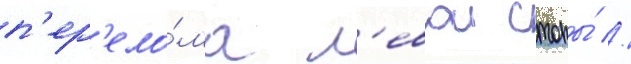
п'ер'ело́ма л'евои стопы́ //